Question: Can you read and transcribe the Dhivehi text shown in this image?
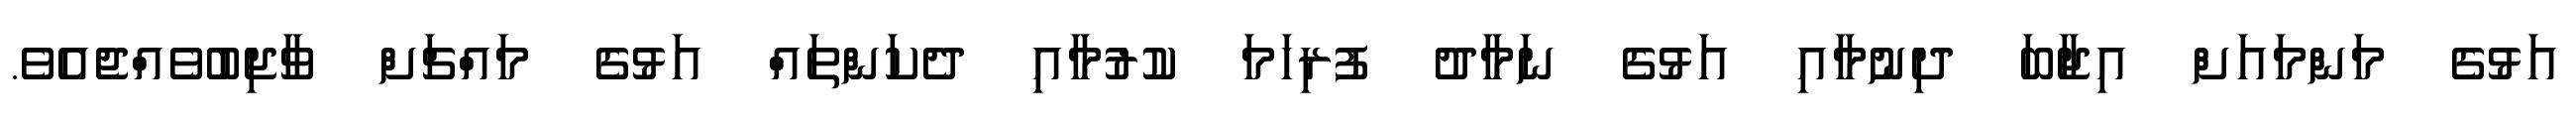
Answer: އަޅުގެ މަންމައަށް އިޖާބަ ދިނުމާއި އަޅުގެ ނަމާދު ފުރިހަމަ ކުރުމާއި ދެކަންތައް އަޅުގެ މައްޗަށް ވާޖިބުވެއްޖެއެވެ.